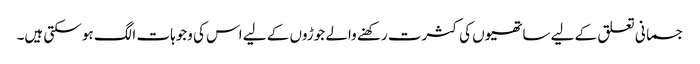
جسمانی تعلق کے لیے ساتھیوں کی کثرت رکھنے والے جوڑوں کے لیے اس کی وجوہات الگ ہو سکتی ہیں۔